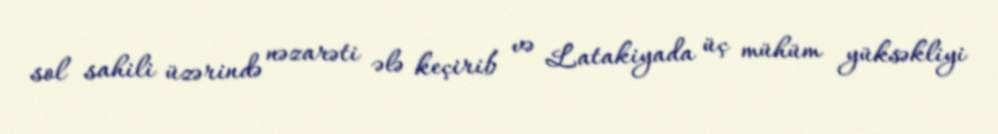
sol sahili üzərində nəzarəti ələ keçirib və Latakiyada üç mühüm yüksəkliyi